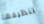
تنظيفها